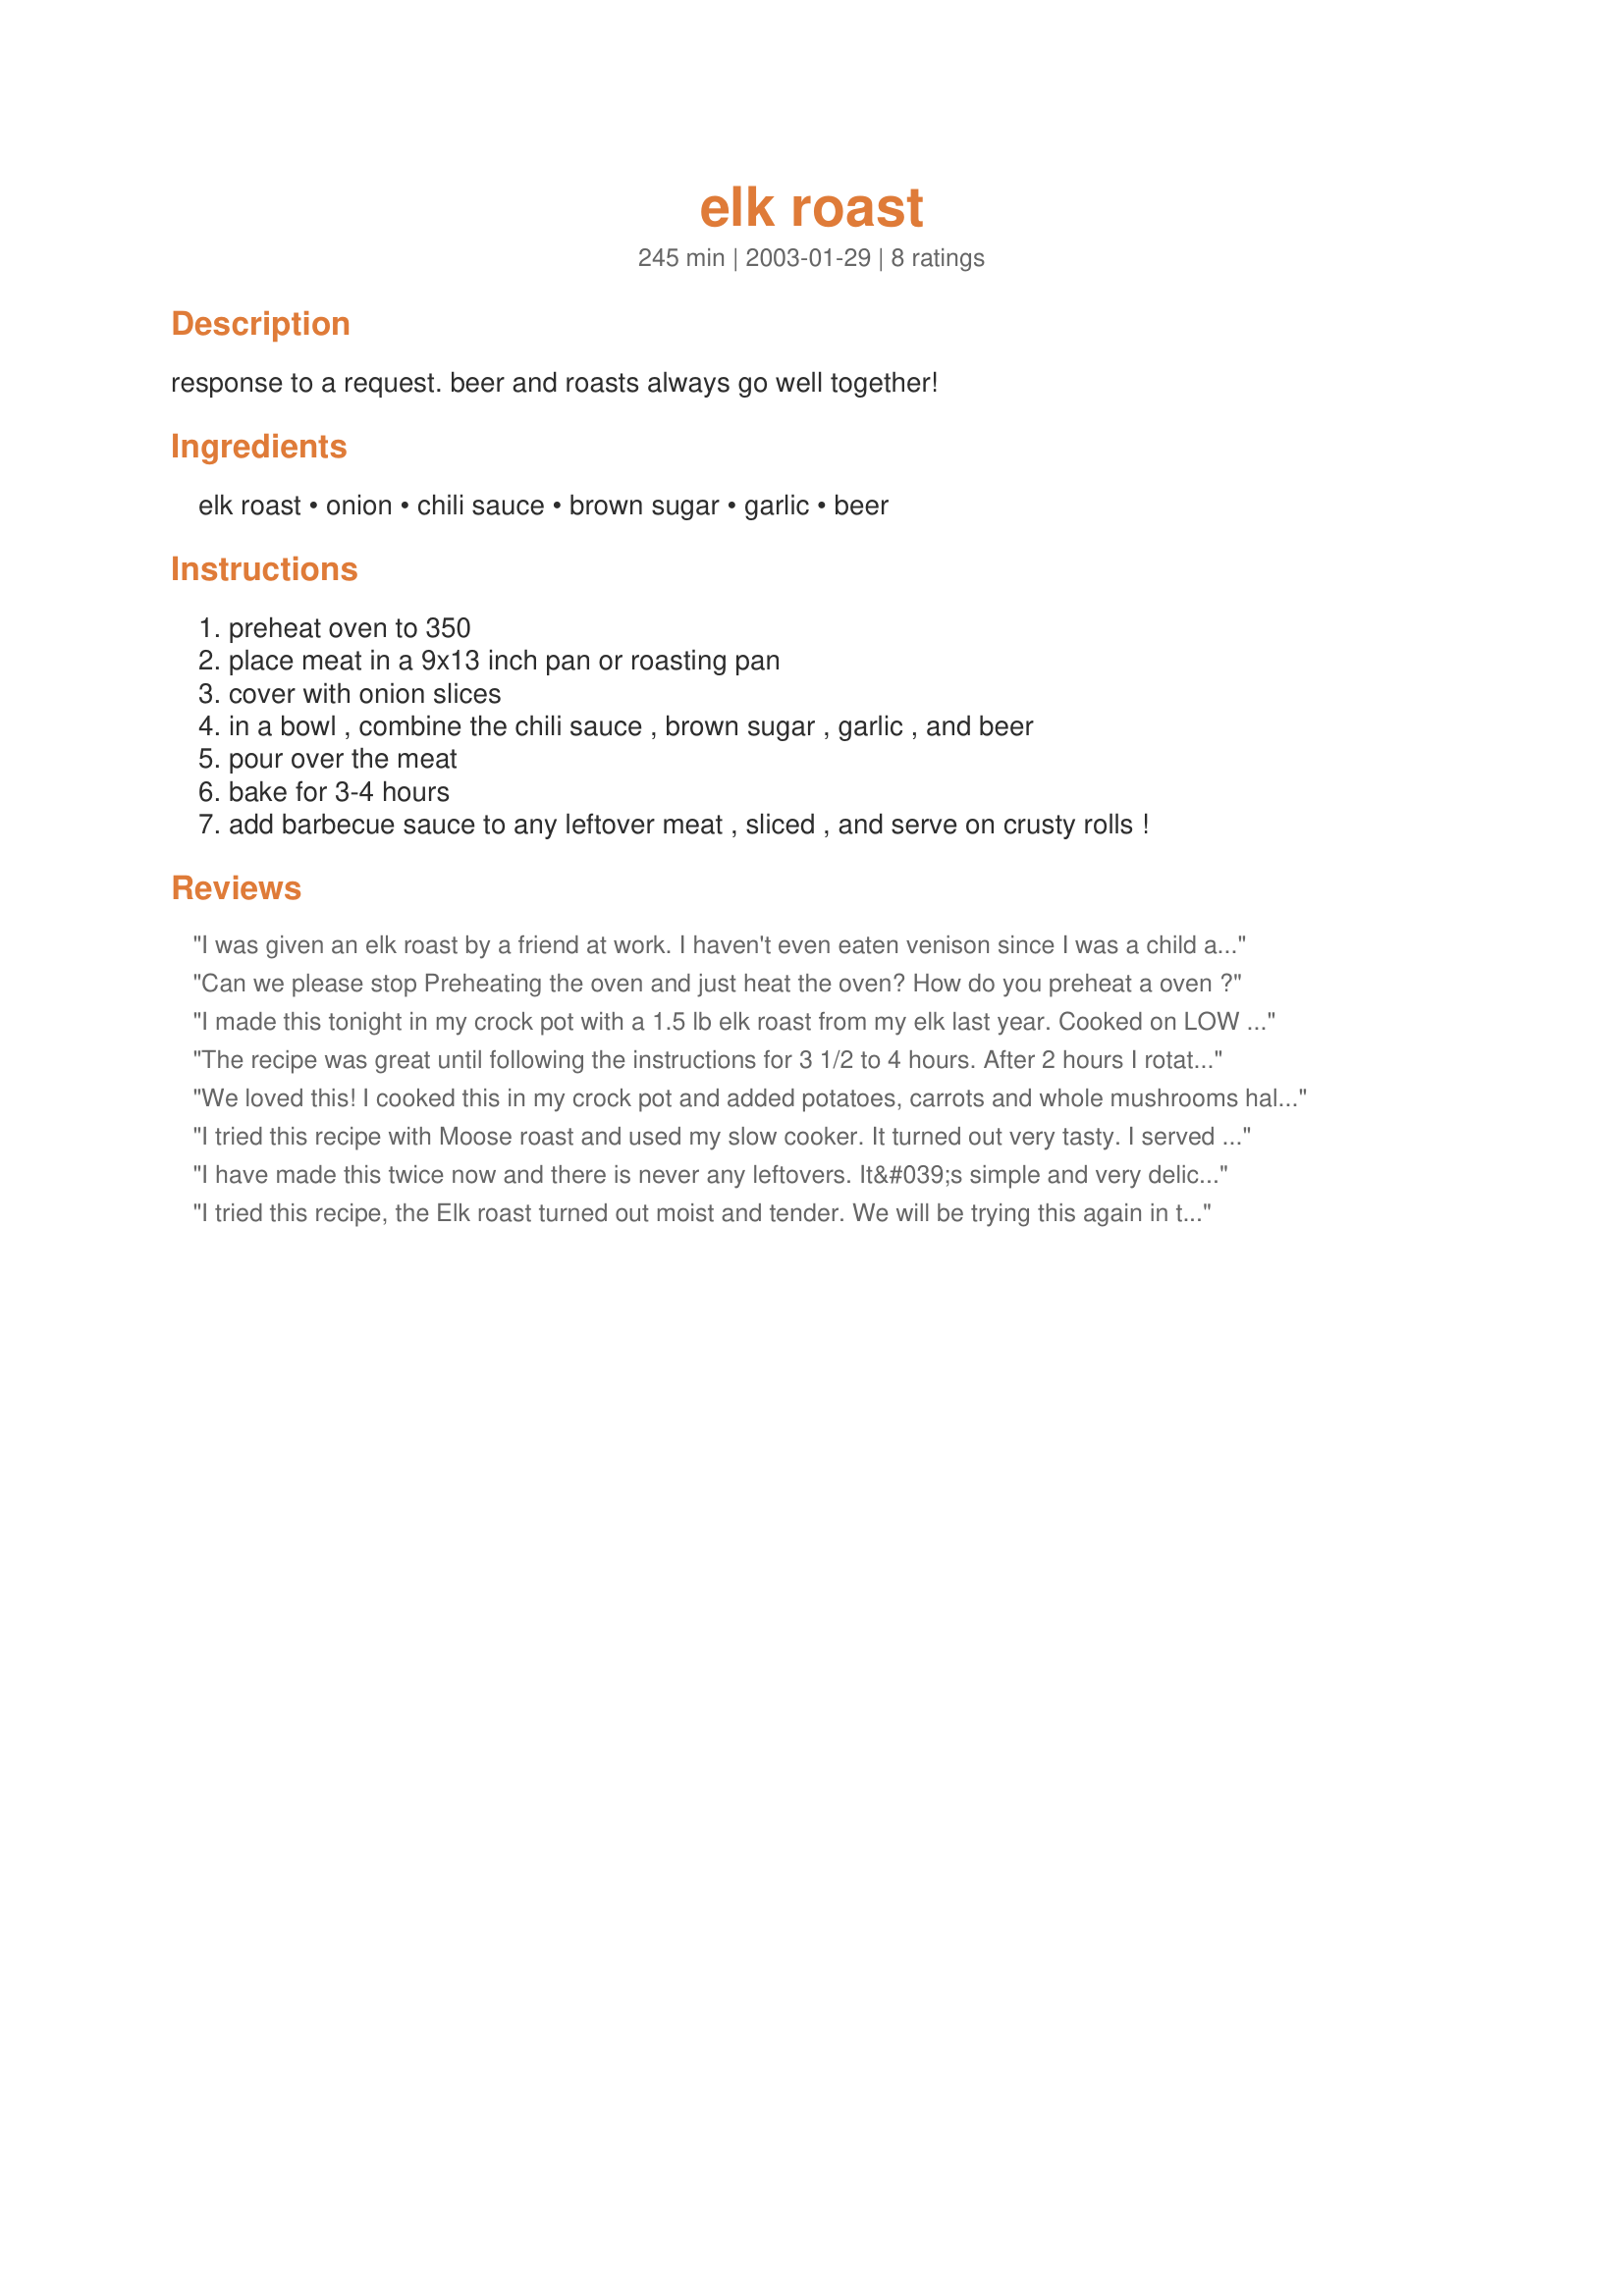
elk roast
Preparation time: 245 minutes

response to a request. beer and roasts always go well together!

Ingredients:
elk roast, onion, chili sauce, brown sugar, garlic, beer

Steps:
preheat oven to 350, place meat in a 9x13 inch pan or roasting pan, cover with onion slices, in a bowl , combine the chili sauce , brown sugar , garlic , and beer, pour over the meat, bake for 3-4 hours, add barbecue sauce to any leftover meat , sliced , and serve on crusty rolls !

Reviews:
I was given an elk roast by a friend at work. I haven't even eaten venison since I was a child and never elk so I searched online for a recipe. I was glad I chose this one because the elk was absolutely outstanding. I did it in the crock pot and the meat just fell apart. The flavor was tremendous. Thanks ChipotleChick!
Can we please stop Preheating the oven and just heat the oven? How do you preheat a oven ?
I made this tonight in my crock pot with a 1.5 lb elk roast from my elk last year. Cooked on LOW for 6 hours. I halved your ingredients and added some Worcestershire, season salt and pepper. Very good, I used a 1/2 can of Bud Light for the beer. The meat was very tender. Thanks for sharing.
The recipe was great until following the instructions for 3 1/2 to 4 hours. After 2 hours I rotated the meat and stuck in a thermometer, 191... If you follow this do not cook for 3 1/2. Most likely 1 1/2 to 2 hours. Ingredients are great, but directions are flawed...
We loved this! I cooked this in my crock pot and added potatoes, carrots and whole mushrooms half-way through cooking and everything came out perfect. Thank you.
I tried this recipe with Moose roast and used my slow cooker. It turned out very tasty. I served the roast with garlic mashed potatoes and fresh veggies. Wonderful!
I have made this twice now and there is never any leftovers. It&#039;s simple and very delicious!
I tried this recipe, the Elk roast turned out moist and tender. We will be trying this again in the future. Thank you so much for sharing your recipe :D
